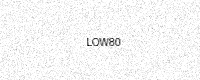
Text: LOW80